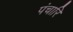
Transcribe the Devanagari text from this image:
पंचारि